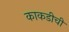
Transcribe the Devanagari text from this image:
काकडीची